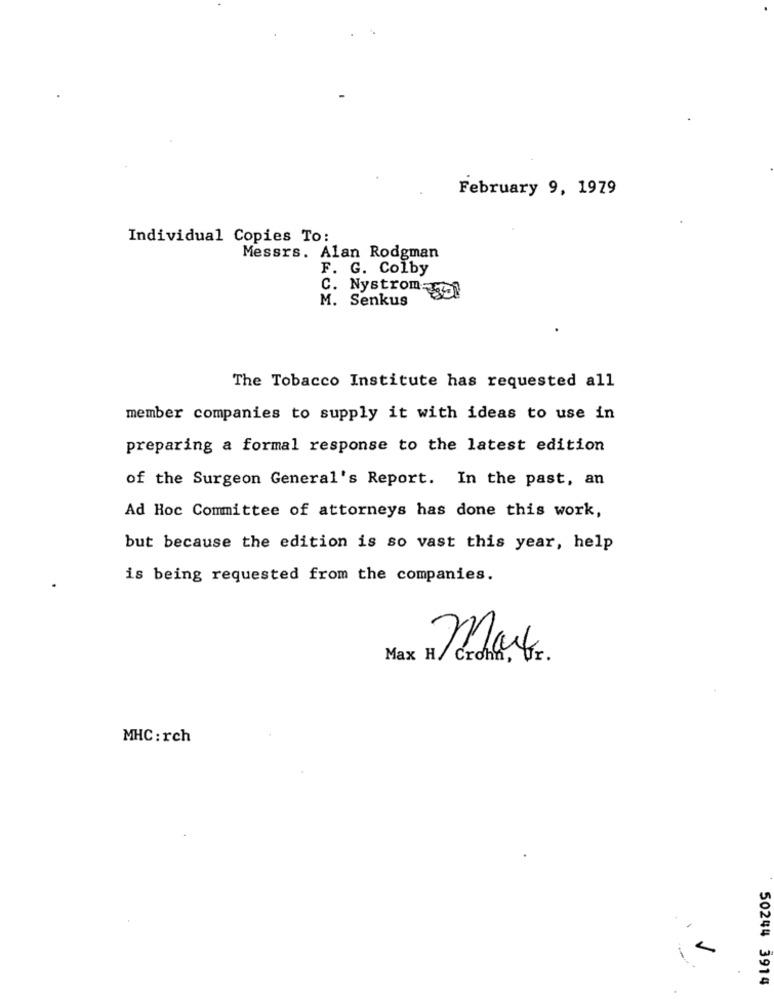
February 9, 1979
Individual Copies To:
Messrs. Alan Rodgman
F. G. Colby
C. Nystrom-
M. Senkus
The Tobacco Institute has requested all
member companies to supply it with ideas to use in
preparing a formal response to the latest edition
of the Surgeon General's Report. In the past, an
Ad Hoc Committee of attorneys has done this work,
but because the edition is so vast this year, help
is being requested from the companies.
Max H/ Crona,
Mart.
MHC : rch
50244 3914